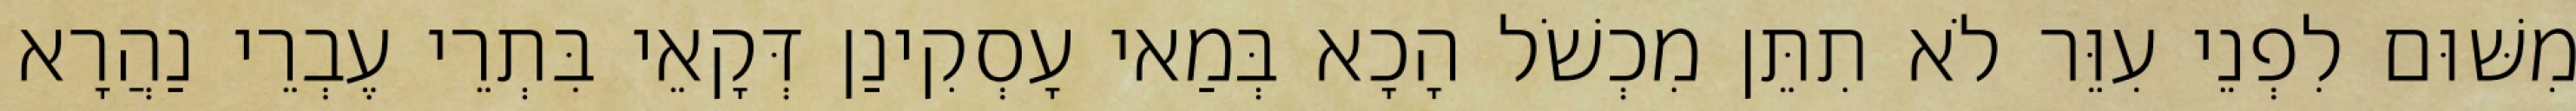
מִשּׁוּם לִפְנֵי עִוֵּר לֹא תִתֵּן מִכְשֹׁל הָכָא בְּמַאי עָסְקִינַן דְּקָאֵי בִּתְרֵי עֶבְרֵי נַהֲרָא